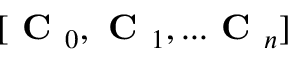
[ \textbf { C } _ { 0 } , \textbf { C } _ { 1 } , . . . \textbf { C } _ { n } ]